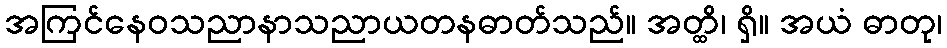
အကြင်နေဝသညာနာသညာယတနဓာတ်သည်။ အတ္ထိ၊ ရှိ။ အယံ ဓာတု၊